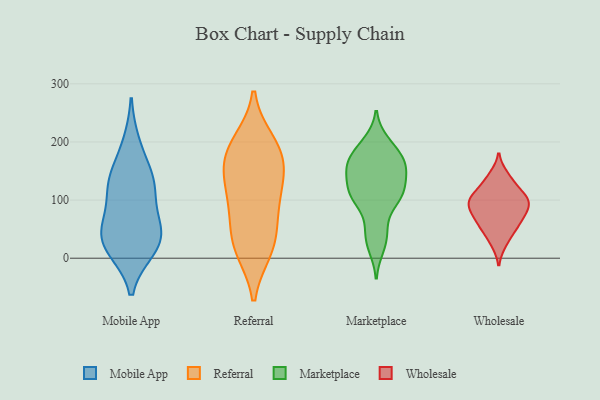
{"axis": {"x": "Revenue (USD Million)", "y": "Value"}, "legend": ["Marketplace", "Mobile App", "Referral", "Wholesale"], "data": [{"x": "", "y": 55, "type": "Mobile App"}, {"x": "", "y": 139, "type": "Mobile App"}, {"x": "", "y": 135, "type": "Mobile App"}, {"x": "", "y": 16, "type": "Mobile App"}, {"x": "", "y": 37, "type": "Mobile App"}, {"x": "", "y": 33, "type": "Mobile App"}, {"x": "", "y": 107, "type": "Mobile App"}, {"x": "", "y": 128, "type": "Mobile App"}, {"x": "", "y": 56, "type": "Mobile App"}, {"x": "", "y": 196, "type": "Mobile App"}, {"x": "", "y": 16, "type": "Mobile App"}, {"x": "", "y": 153, "type": "Referral"}, {"x": "", "y": 130, "type": "Referral"}, {"x": "", "y": 182, "type": "Referral"}, {"x": "", "y": 15, "type": "Referral"}, {"x": "", "y": 27, "type": "Referral"}, {"x": "", "y": 19, "type": "Referral"}, {"x": "", "y": 161, "type": "Referral"}, {"x": "", "y": 65, "type": "Referral"}, {"x": "", "y": 106, "type": "Referral"}, {"x": "", "y": 94, "type": "Referral"}, {"x": "", "y": 190, "type": "Referral"}, {"x": "", "y": 199, "type": "Referral"}, {"x": "", "y": 123, "type": "Marketplace"}, {"x": "", "y": 153, "type": "Marketplace"}, {"x": "", "y": 106, "type": "Marketplace"}, {"x": "", "y": 53, "type": "Marketplace"}, {"x": "", "y": 105, "type": "Marketplace"}, {"x": "", "y": 110, "type": "Marketplace"}, {"x": "", "y": 151, "type": "Marketplace"}, {"x": "", "y": 120, "type": "Marketplace"}, {"x": "", "y": 165, "type": "Marketplace"}, {"x": "", "y": 95, "type": "Marketplace"}, {"x": "", "y": 155, "type": "Marketplace"}, {"x": "", "y": 37, "type": "Marketplace"}, {"x": "", "y": 200, "type": "Marketplace"}, {"x": "", "y": 191, "type": "Marketplace"}, {"x": "", "y": 18, "type": "Marketplace"}, {"x": "", "y": 178, "type": "Marketplace"}, {"x": "", "y": 161, "type": "Marketplace"}, {"x": "", "y": 70, "type": "Wholesale"}, {"x": "", "y": 100, "type": "Wholesale"}, {"x": "", "y": 71, "type": "Wholesale"}, {"x": "", "y": 54, "type": "Wholesale"}, {"x": "", "y": 143, "type": "Wholesale"}, {"x": "", "y": 113, "type": "Wholesale"}, {"x": "", "y": 90, "type": "Wholesale"}, {"x": "", "y": 25, "type": "Wholesale"}, {"x": "", "y": 103, "type": "Wholesale"}, {"x": "", "y": 48, "type": "Wholesale"}, {"x": "", "y": 130, "type": "Wholesale"}, {"x": "", "y": 100, "type": "Wholesale"}, {"x": "", "y": 84, "type": "Wholesale"}]}